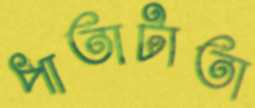
পাতাটাতা